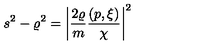
s ^ { 2 } - \varrho ^ { 2 } = \left| \frac { 2 \varrho } { m } \frac { ( p , \xi ) } { \chi } \right| ^ { 2 }